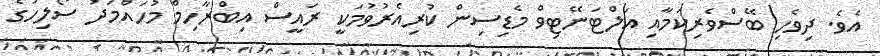
އެވެ. ދިވެހި ބޭސްވެރިކަމާއި އަލްޓަނޭޓިވް މެޑިސިން ކުރިއެރުވުމަކީ ރައީސް އިބްރާހިމް މުހައްމަދު ސޯލިހުގެ